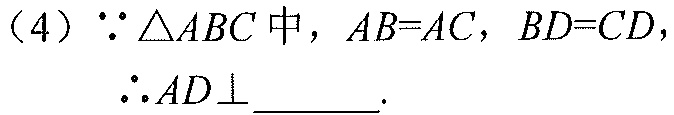
（4）\(\because\triangle ABC\)中，\(AB = AC\)，\(BD = CD\)，
\(\therefore AD\perp\underline{\quad\quad}\).